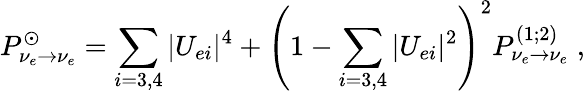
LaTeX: P_{\nu_{e}\rightarrow\nu_{e}}^{\odot}=\sum_{i=3,4}|U_{ei}|^{4}+\left(1-\sum_{i=3,4}|U_{ei}|^{2}\right)^{2}P_{\nu_{e}\rightarrow\nu_{e}}^{(1;2)}\; ,